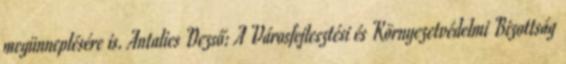
megünneplésére is. Antalics Dezső: A Városfejlesztési és Környezetvédelmi Bizottság